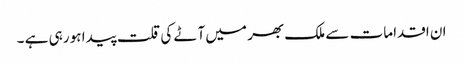
ان اقدامات سے ملک بھر میں آٹے کی قلت پیدا ہو رہی ہے ۔